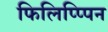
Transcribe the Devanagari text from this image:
फिलिप्प्पिन